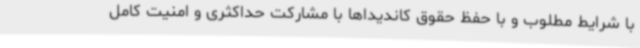
با شرایط مطلوب و با حفظ حقوق کاندیداها با مشارکت حداکثری و امنیت کامل